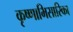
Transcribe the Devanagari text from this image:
कृष्णाभिसारिका